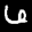
Label: 6